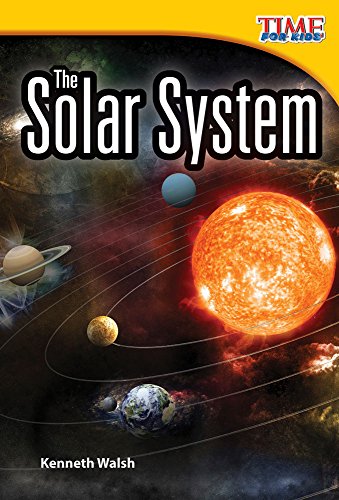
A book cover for The Solar System (Time for Kids: Nonfiction Readers); Kenneth Walsh; Science & Math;